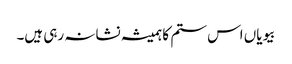
بیویاں اس ستم کا ہمیشہ نشانہ رہی ہیں۔